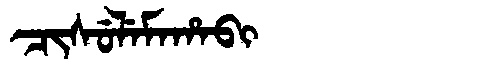
Manchu: ᠴᡳᠰᡠᠯᡝᠮᠠᡥᠠᠪᡳ
Romanization: CISULEMAHABI